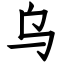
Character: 乌